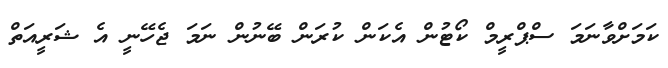
ކަމަށްވާނަމަ ސްޕްރީމް ކޯޓުން އެކަން ކުރަން ބޭނުން ނަމަ ޖެހޭނީ އެ ޝަރީއަތް